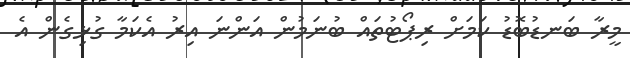
މީރާ ބަނޑުބޮޑު ކަމަށް ރިޕޯޓުތައް ބުނަމުން އަންނަ އިރު އެކަމާ ގުޅިގެން އެ